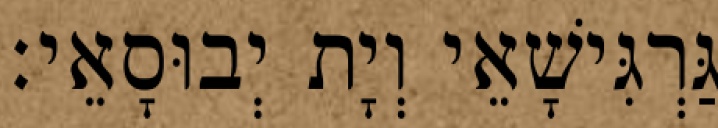
גַּרְגִּישָׁאֵי וְיָת יְבוּסָאֵי׃